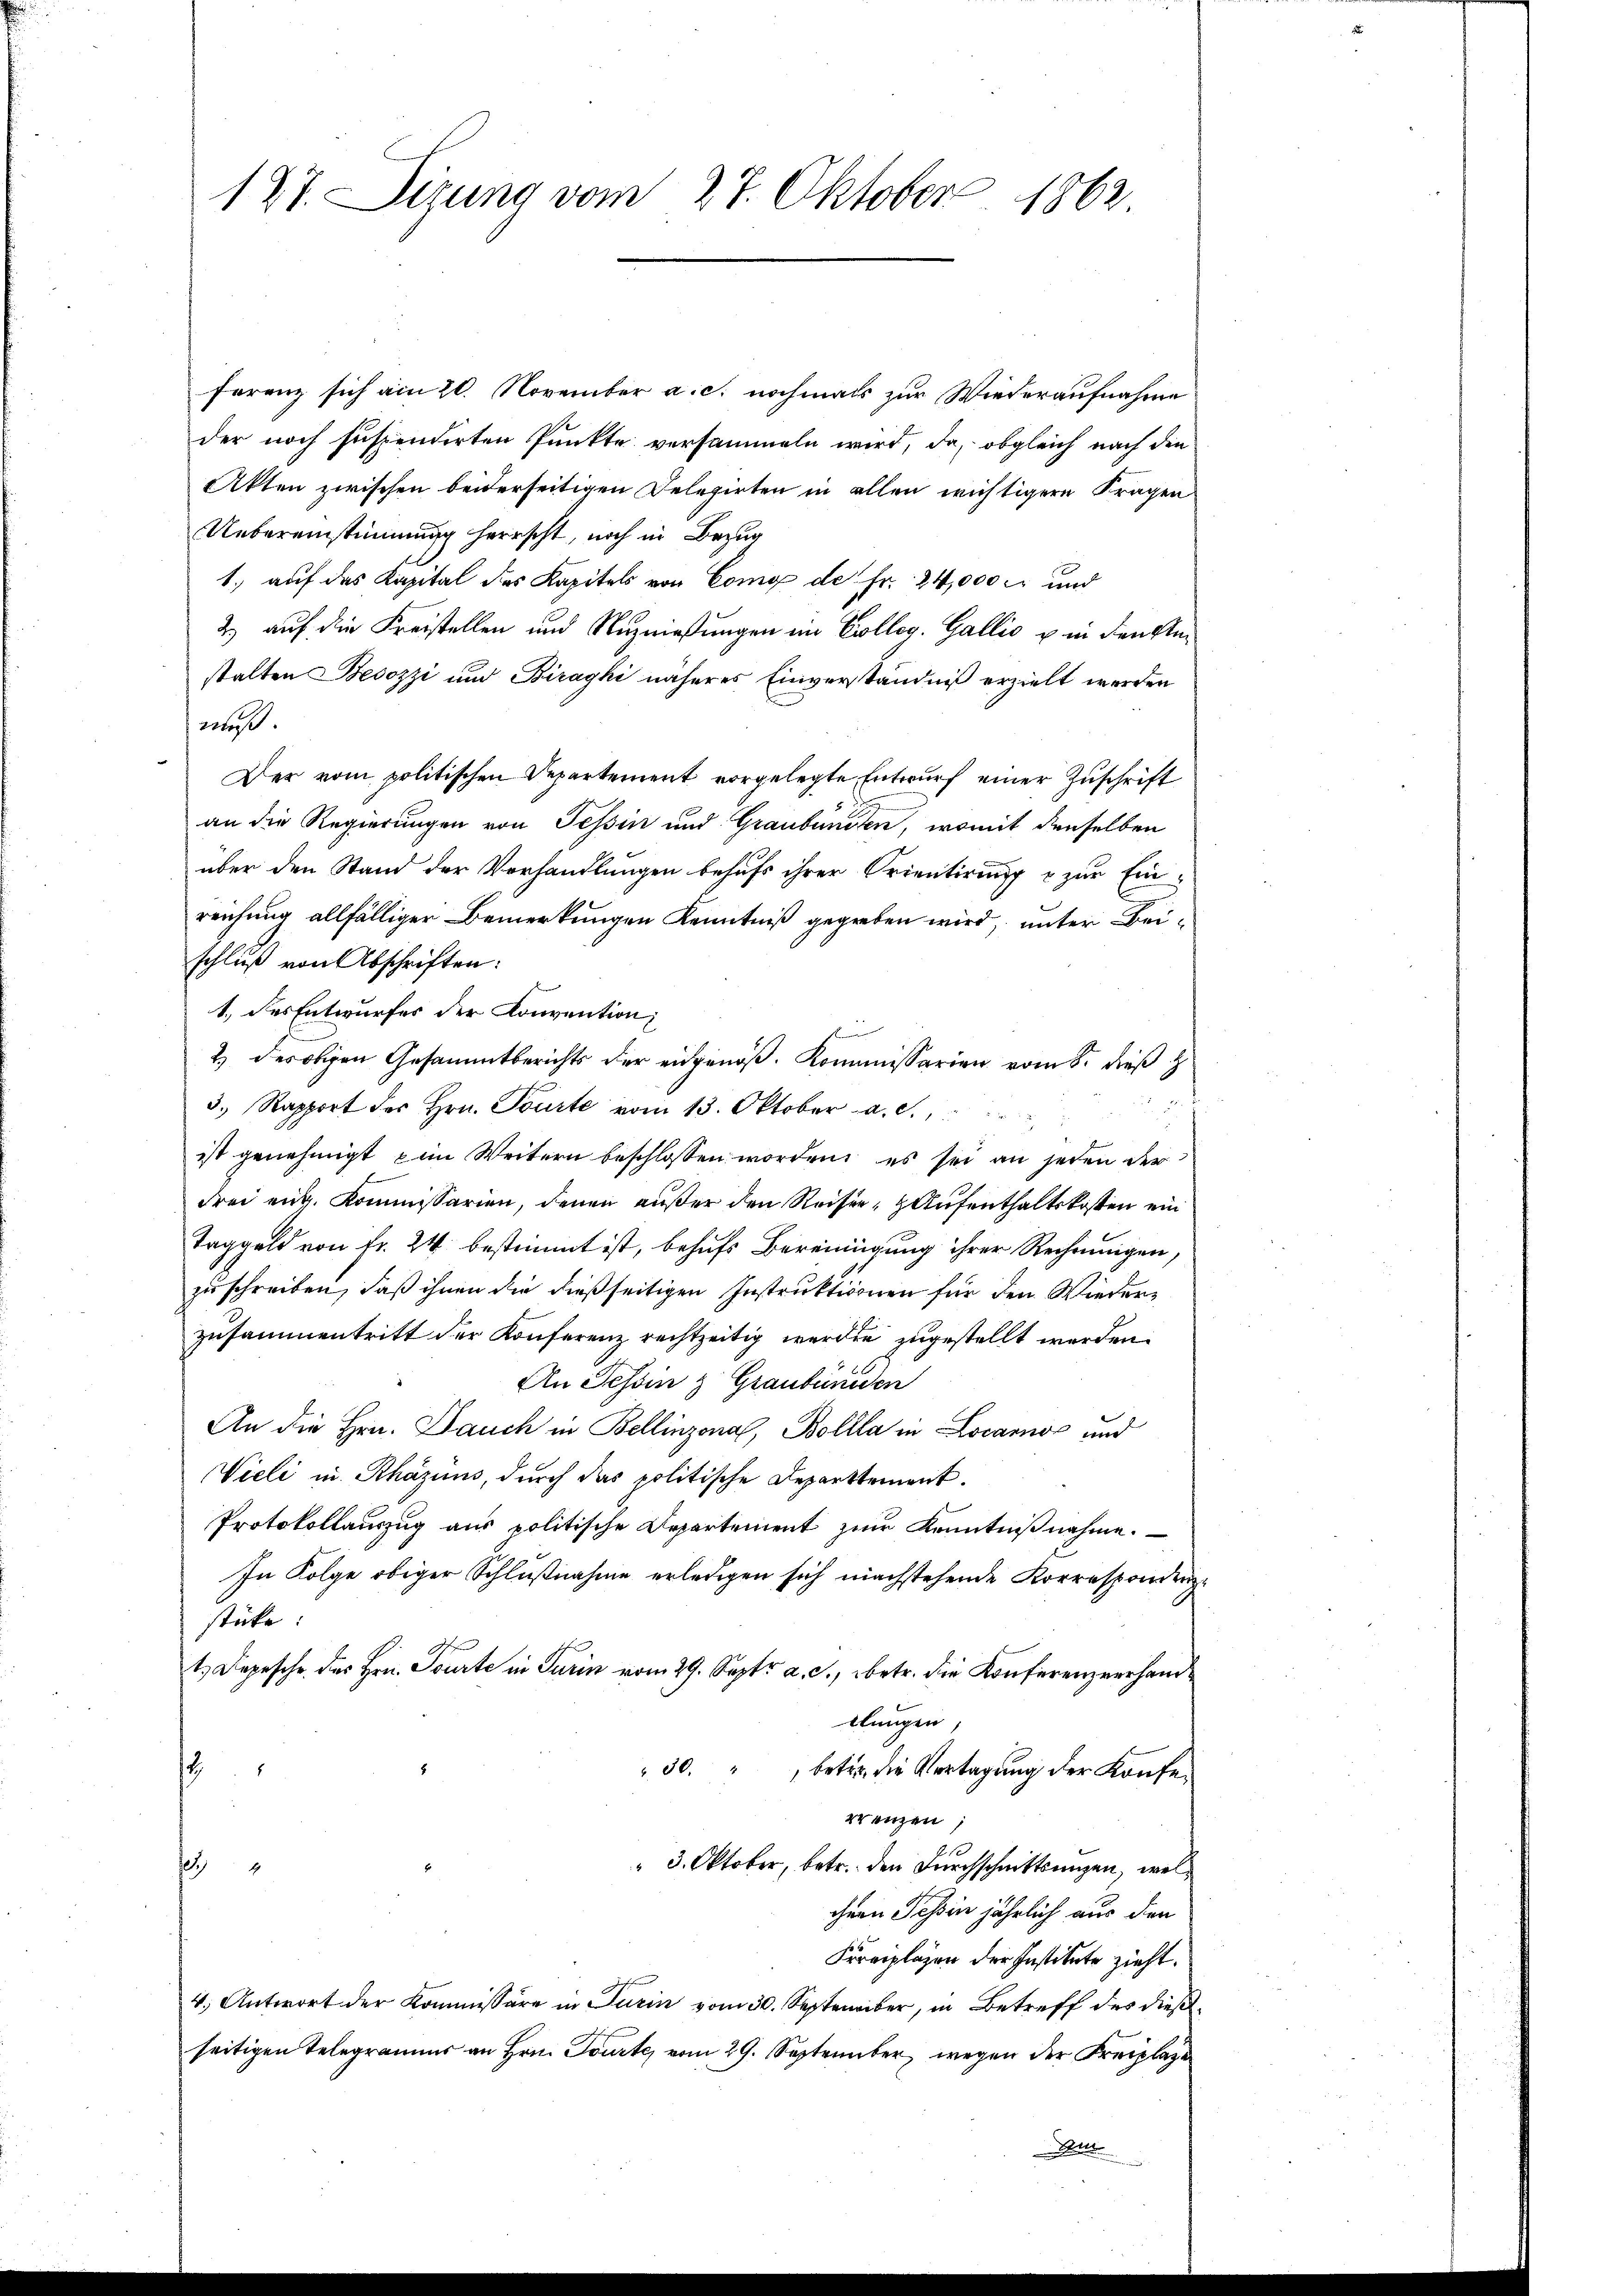
Ferenz sich am 20. November a. c. nochmals zur Wiederaufnahme
der noch suspendirten Punkte versammeln wird, da, obgleich nach den
Akten zwischen beiderseitigen Delegirten in allen wichtigere Fragen
Uebereinstimmung herrscht, noch in Bezug
1, auf das Kapital des Kapitels von Como de Fr. 24,000 M und
2) auf die Freistellen und Nuzniessungen im Colleg. Gallis u in denkten
stalten Besozzi und Biraghi näheres Einverständniß erzielt werden
eeht.
Der vom politischen Departement vorgelegte Entwurf einer Zuschrift
an die Regierungen von Tessin und Graubuniten, womit denselben
über den Stand der Verhandlungen behufs ihrer Orientirung & zur Ein-
reichung allfälliger Bemerkungen Kenntniß gegeben wird, unter Beischluß von Abschriften:
1.) des Entwurfes der Konvention;
s
2) des obigen Gesammtberichts der eidgenöß. Kommissarien vom 8. dieß
.
3. Rapport des Hrn. Tourte vom 13. Oktober a. c.,
ist genehmigt im Weitern beschlossen worden, es sei an jeden der
drei eit. Kommissarien, denen außer den Reiser, Aufenthaltskosten ein
Taggeld von Fr. 24 bestimmt ist, behufs Bereinigung ihrer Rechnungen,
zuschreiben, daß ihnen die dießseitigen Instruktionen für den Wiederzusammentritt der Konferenz rechtzeitig werden zugestellt werden.
An Tessin z Graubünden
An die Hrn. Dauch in Bellinzona, Bollla in Locarno und
Vieli in Rhazins, durch das politische Departtement.
Protokollauszug aus politische Departement zur Kenntniß nahme.
In Folge obiger Schlußnahme erledigen sich machstehende Korrespondenz
stücke:
t. Depesche des Hrn. Tourte in Turin vom 29. Sept. a. c., betr. die Konferenzverhandllungen,
"30." betr. die Vertagung der Konfes
rrenzen,
 3. Oktober, betr. den Durchschnittsungen, wel¬
1
chern Tessin jährlich aus den
Frreplagen der Institute zieht.
4. Antwort der Kommissäre in Turin vom 30. September, in Betreff des dießseitigen Telegramms an Hrn. Tourte, vom 29. September wegen der Freiplaze
Wette

127. Sizung vom 27. Oktober 1862